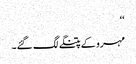
‘‘
مہرو کے پتنگے لگ گئے۔